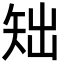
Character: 䂐